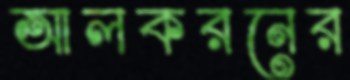
আলকরনের